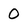
Character: 0